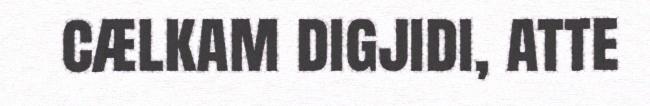
cælkam digjidi, atte